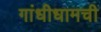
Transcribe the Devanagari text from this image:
गांधीधामची